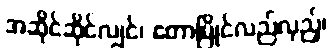
အဆိုင်ဆိုင်လျှင်၊ တောမြိုင်လည်လှည့်၊